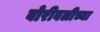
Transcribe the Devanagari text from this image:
बोरीवलीच्या